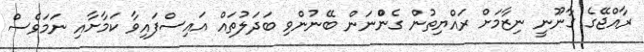
ރާއްޖޭގެ ގާނޫނީ ނިޒާމަށް ރައްޔިތުން ގެންްނަން ބޭނުންވި ބަދަލުތައް އައިސްފައިވާ ކަމާށާއި ނަަމަވެސް